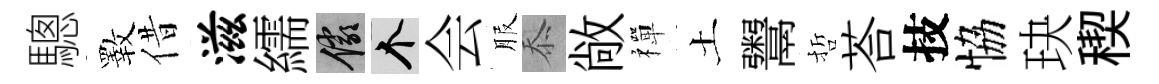
驄斁借滋繻儼个会服忝敞禪土鬻哲荅技恊玦稧